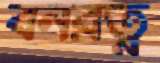
বনরত্ন